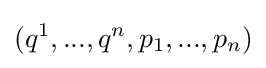
(q^{1},...,q^{n},p_{1},...,p_{n})